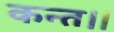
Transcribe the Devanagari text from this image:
कन्‍त।।